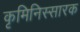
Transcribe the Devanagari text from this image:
कृमिनिस्सारक